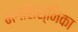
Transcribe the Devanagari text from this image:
भगशिश्निका